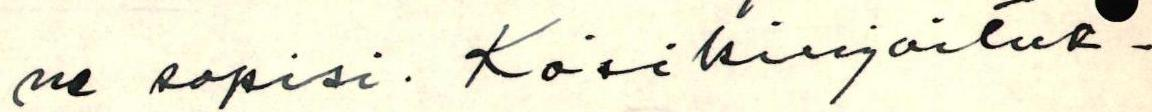
ne sopisi. Käsikirjoituk-